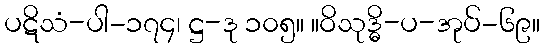
ပဋိသံ-ပါ-၁၇၄၊ ဋ္ဌ-ဒု ၁၀၅။ ။ဝိသုဒ္ဓိ-ပ-အုပ်-၆၉။